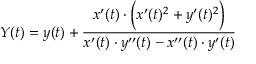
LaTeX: \displaystyle Y ( t ) = y ( t ) + { \frac { x ^ { \prime } ( t ) \cdot { \Big ( } x ^ { \prime } ( t ) ^ { 2 } + y ^ { \prime } ( t ) ^ { 2 } { \Big ) } } { x ^ { \prime } ( t ) \cdot y ^ { \prime \prime } ( t ) - x ^ { \prime \prime } ( t ) \cdot y ^ { \prime } ( t ) } }